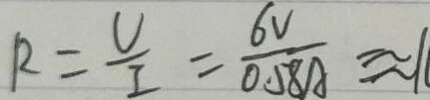
R = \frac { U } { I } = \frac { 6 V } { 0 . 5 8 A } \approx 1